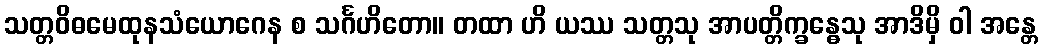
သတ္တဝိဓမေထုနသံယောဂေန စ သင်္ဂဟိတော။ တထာ ဟိ ယဿ သတ္တသု အာပတ္တိက္ခန္ဓေသု အာဒိမှိ ဝါ အန္တေ